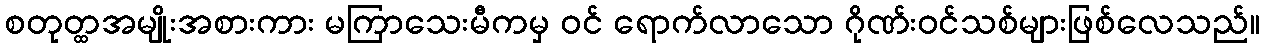
စတုတ္ထအမျိုးအစားကား မကြာသေးမီကမှ ဝင် ရောက်လာသော ဂိုဏ်းဝင်သစ်များဖြစ်လေသည်။